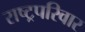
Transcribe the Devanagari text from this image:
राष्ट्रपरिवार